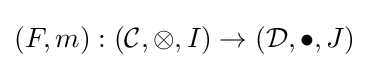
(F,m):({\mathcal {C}},\otimes ,I)\to ({\mathcal {D}},\bullet ,J)